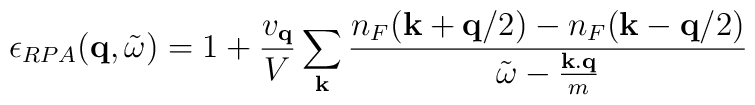
\epsilon_{RPA}({\bf{q}}, {\tilde{\omega}}) = 1 + \frac{ v_{ {\bf{q}} } }{V}\sum_{ {\bf{k}} }\frac{ n_{F}({\bf{k}} + {\bf{q}}/2) - n_{F}({\bf{k}} - {\bf{q}}/2) }{ {\tilde{\omega}} - \frac{ {\bf{k.q}} }{m} }